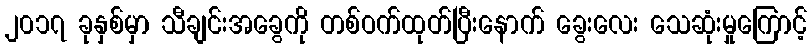
၂၀၁၇ ခုနှစ်မှာ သီချင်းအခွေကို တစ်ဝက်ထုတ်ပြီးနောက် ခွေးလေး သေဆုံးမှုကြောင့်